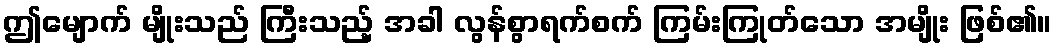
ဤမျောက် မျိုးသည် ကြီးသည့် အခါ လွန်စွာရက်စက် ကြမ်းကြုတ်သော အမျိုး ဖြစ်၏။